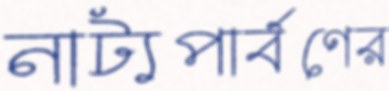
নাট্যপার্বণের